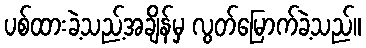
ပစ်ထားခဲ့သည့်အချိန်မှ လွတ်မြောက်ခဲ့သည်။